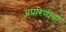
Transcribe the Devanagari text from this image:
अपरिणीता